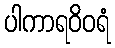
ပါကာရဝိဝရံ